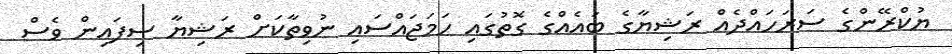
ޔުކްރޭންގެ ސަރަހައްދެއް ރަޝިޔާގެ ބައެއްގެ ގޮތުގައި ހަމަޖައްސައި ނުވިތާކަށް ރަޝިޔާ ސިފައިން ވެސް